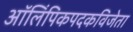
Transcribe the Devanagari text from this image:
ऑलिंपिकपदकविजेता